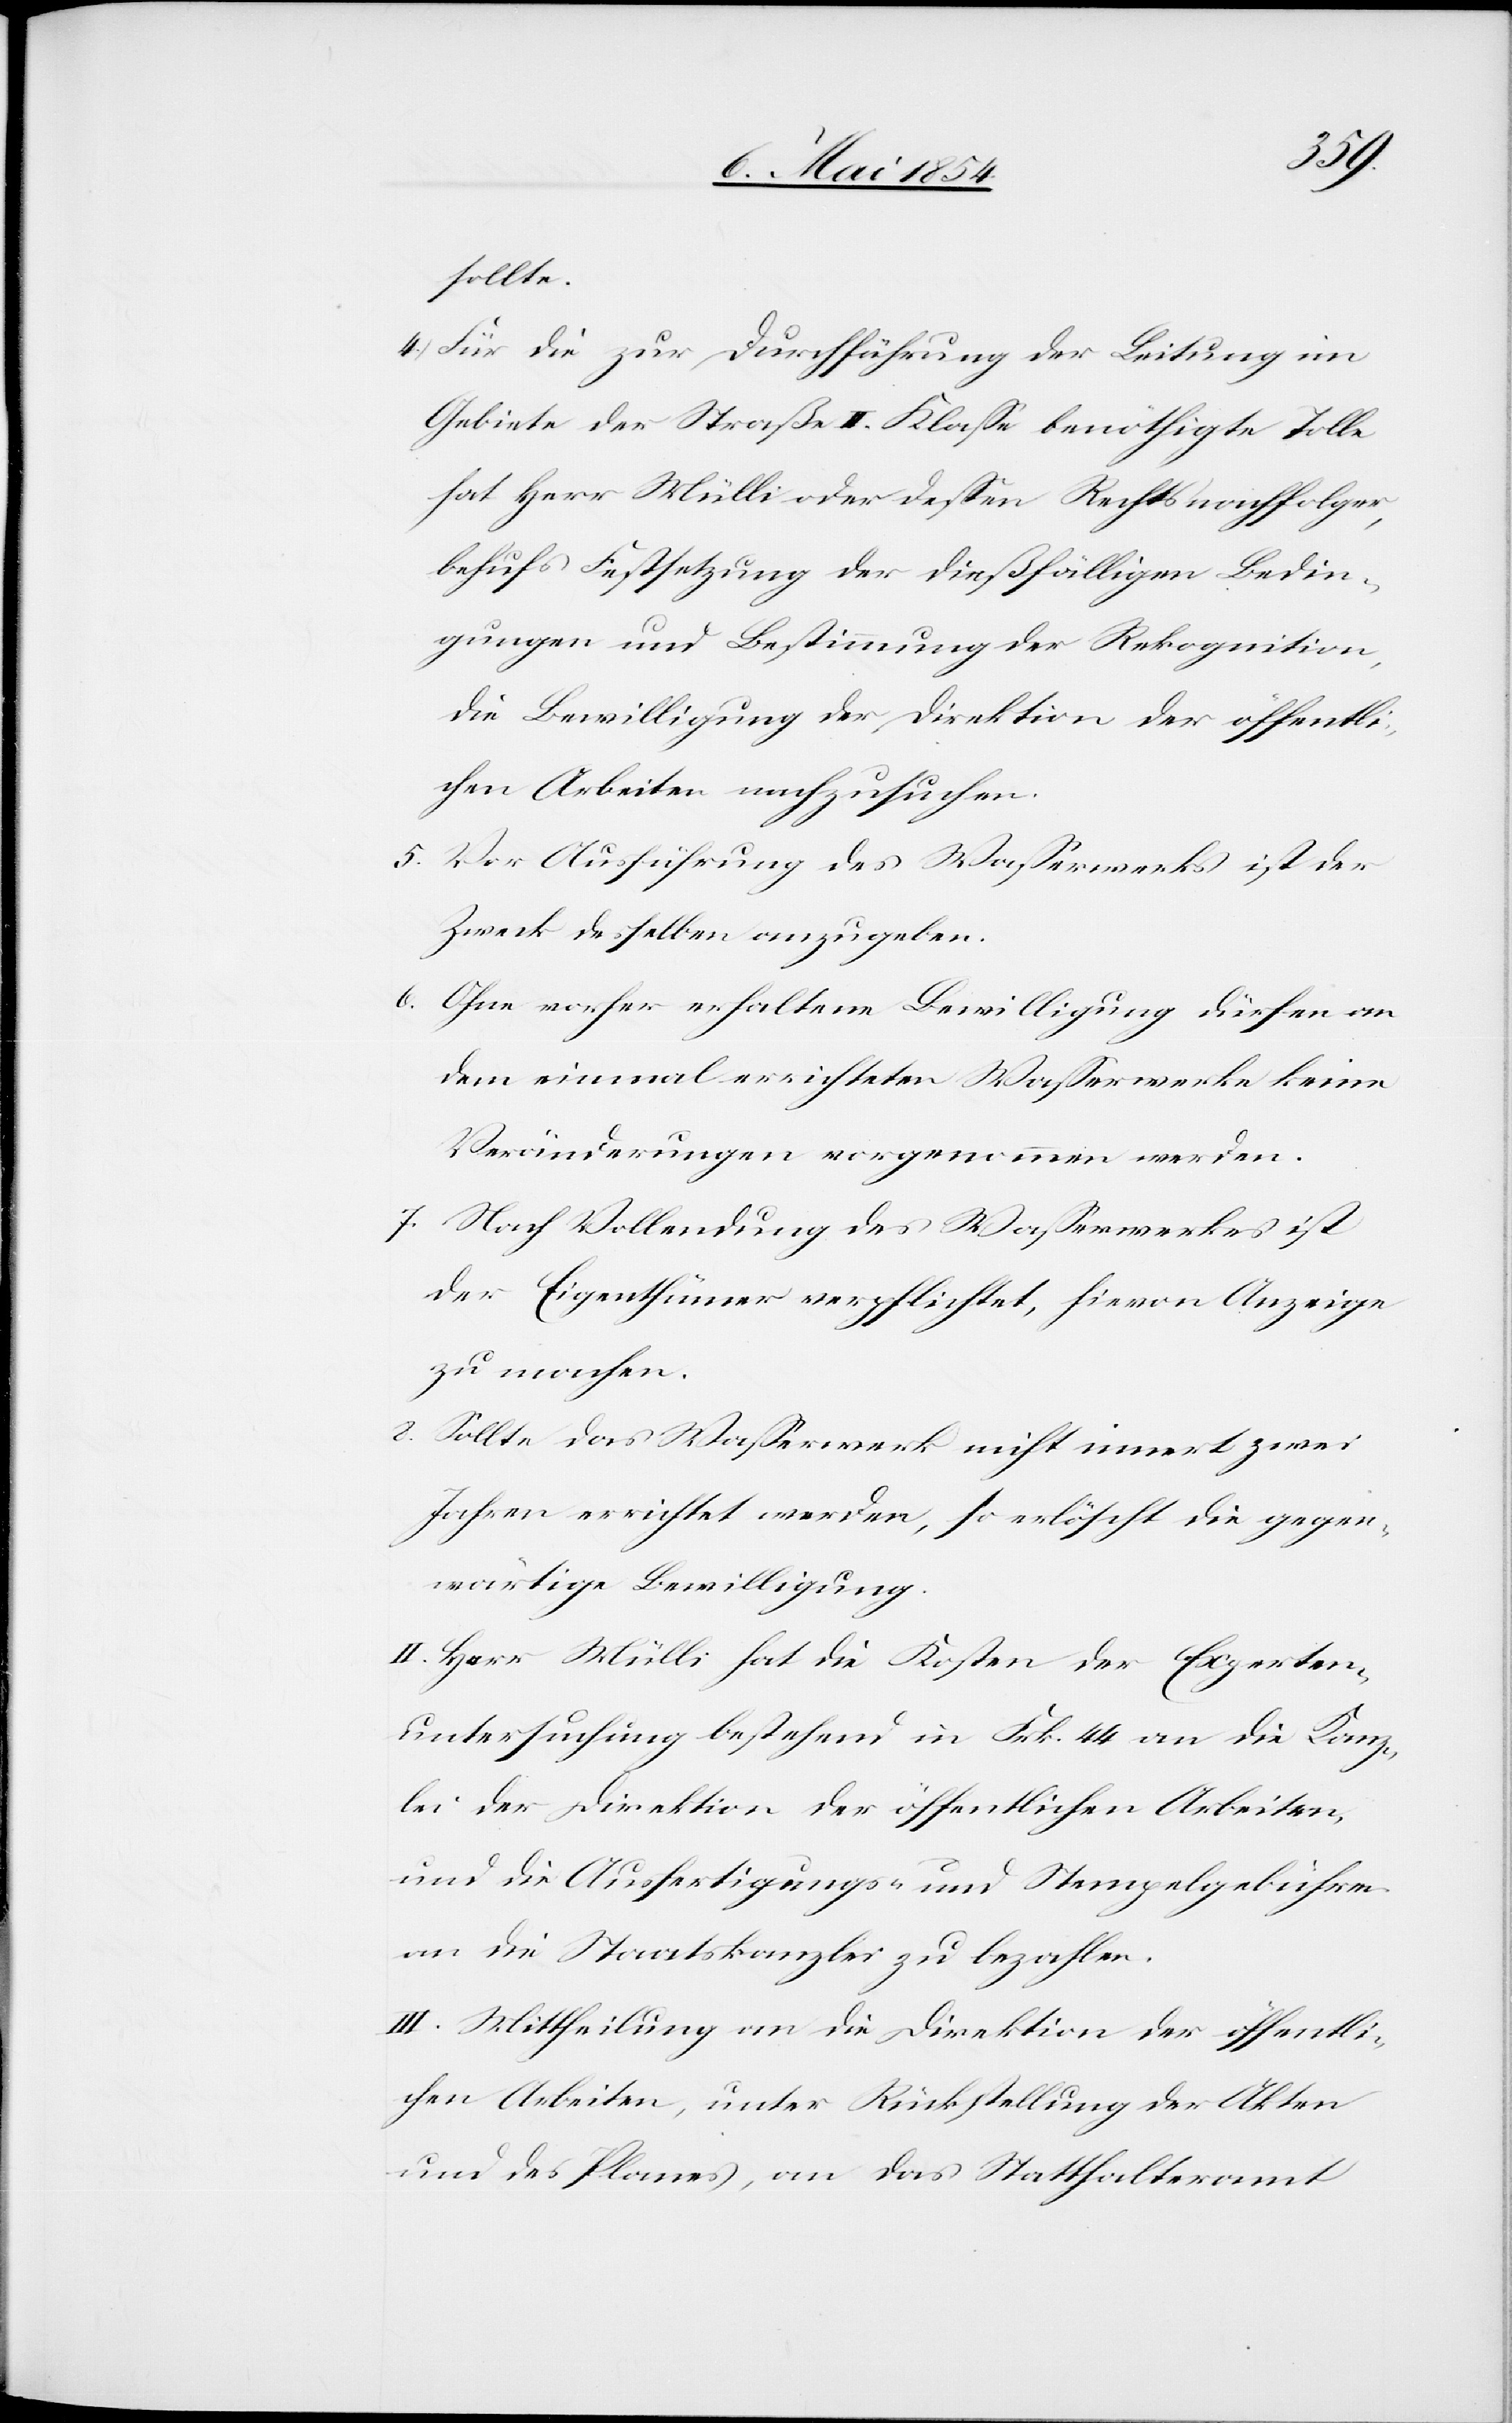
sollte.
4. Für die zur Durchführung der Leitung im
Gebiete der Straße II. Klaße benöthigte Tolle
hat Herr Mülli oder deßen Rechtsnachfolger,
behufs Festsetzung der dießfälligen Bedin¬
gungen und Bestimmungen der Rekognition,
die Bewilligung der Direktion der öffentli¬
chen Arbeiten nachzusuchen.
5. Vor Ausführung des Waßerwerks ist der
Zweck desselben anzugeben.
6. Ohne vorher erhaltene Bewilligung dürfen an
dem einmal errichteten Waßerwerke keine
Veränderungen vorgenommen werden.
7. Nach Vollendung des Waßerwerkes ist
der Eigenthümer verpflichtet, hievon Anzeige
zu machen.
8. Sollte das Waßerwerk nicht innert zwei
Jahren errichtet werden, so erlöscht die gegen¬
wärtige Bewilligung.
II. Herr Mülli hat die Kosten der Experten¬
untersuchung bestehend in Frk. 44 an die Kanz¬
lei der Direktion der öffentlichen Arbeiten,
und die Ausfertigungs- und Stempelgebühren
an die Staatskanzlei zu bezahlen.
III. Mittheilung an die Direktion der öffentli¬
chen Arbeiten, unter Rückstellung der Akten
und des Planes, an das Statthalteramt